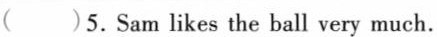
( )5. Sam likes the ball very much.